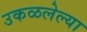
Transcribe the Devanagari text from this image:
उकळलेल्या